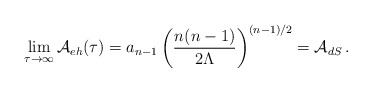
\begin{align*}\lim_{\tau\rightarrow\infty} {\cal A}_{eh}(\tau) = a_{n-1}\left({n(n-1)\over 2\Lambda}\right)^{(n-1)/2}= {\cal A}_{dS}\,.\end{align*}